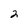
Character: 2